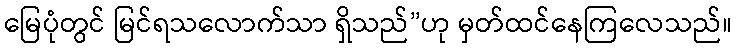
မြေပုံတွင် မြင်ရသလောက်သာ ရှိသည်”ဟု မှတ်ထင်နေကြလေသည်။